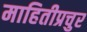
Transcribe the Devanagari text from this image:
माहितीप्रचुर